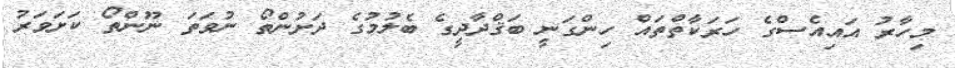
މިހާރު އައިއެސްގެ ހަރަކާތްތައް ހިންގަނީ ބަޤްދާދީގެ ބެލުމުގެ ދަށުންތޯ ނުވަތަ ނޫންތޯ ކަށަވަރު